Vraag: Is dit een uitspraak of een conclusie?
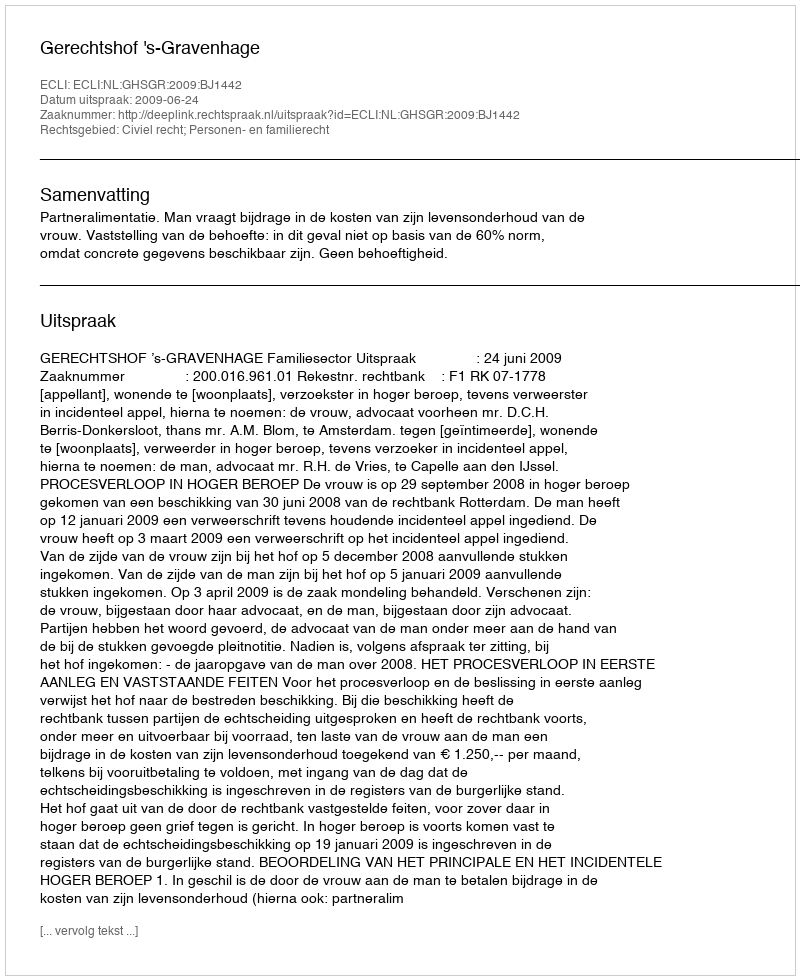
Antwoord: Uitspraak